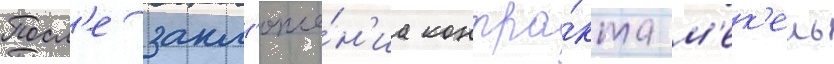
Посл'е закл'юче́н'иа контра́кта м'ек'ель